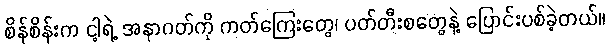
စိန်စိန်းက ငါ့ရဲ့ အနာဂတ်ကို ကတ်ကြေးတွေ၊ ပတ်တီးစတွေနဲ့ ပြောင်းပစ်ခဲ့တယ်။